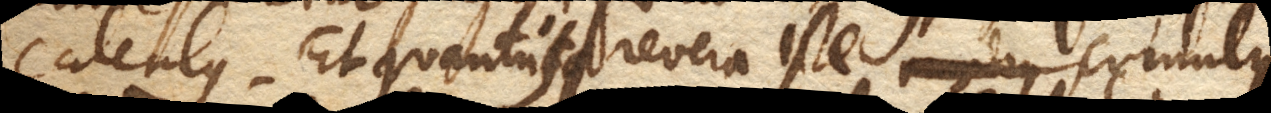
calculus. Et quantus revera iste cumulus